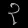
Digit: ၃